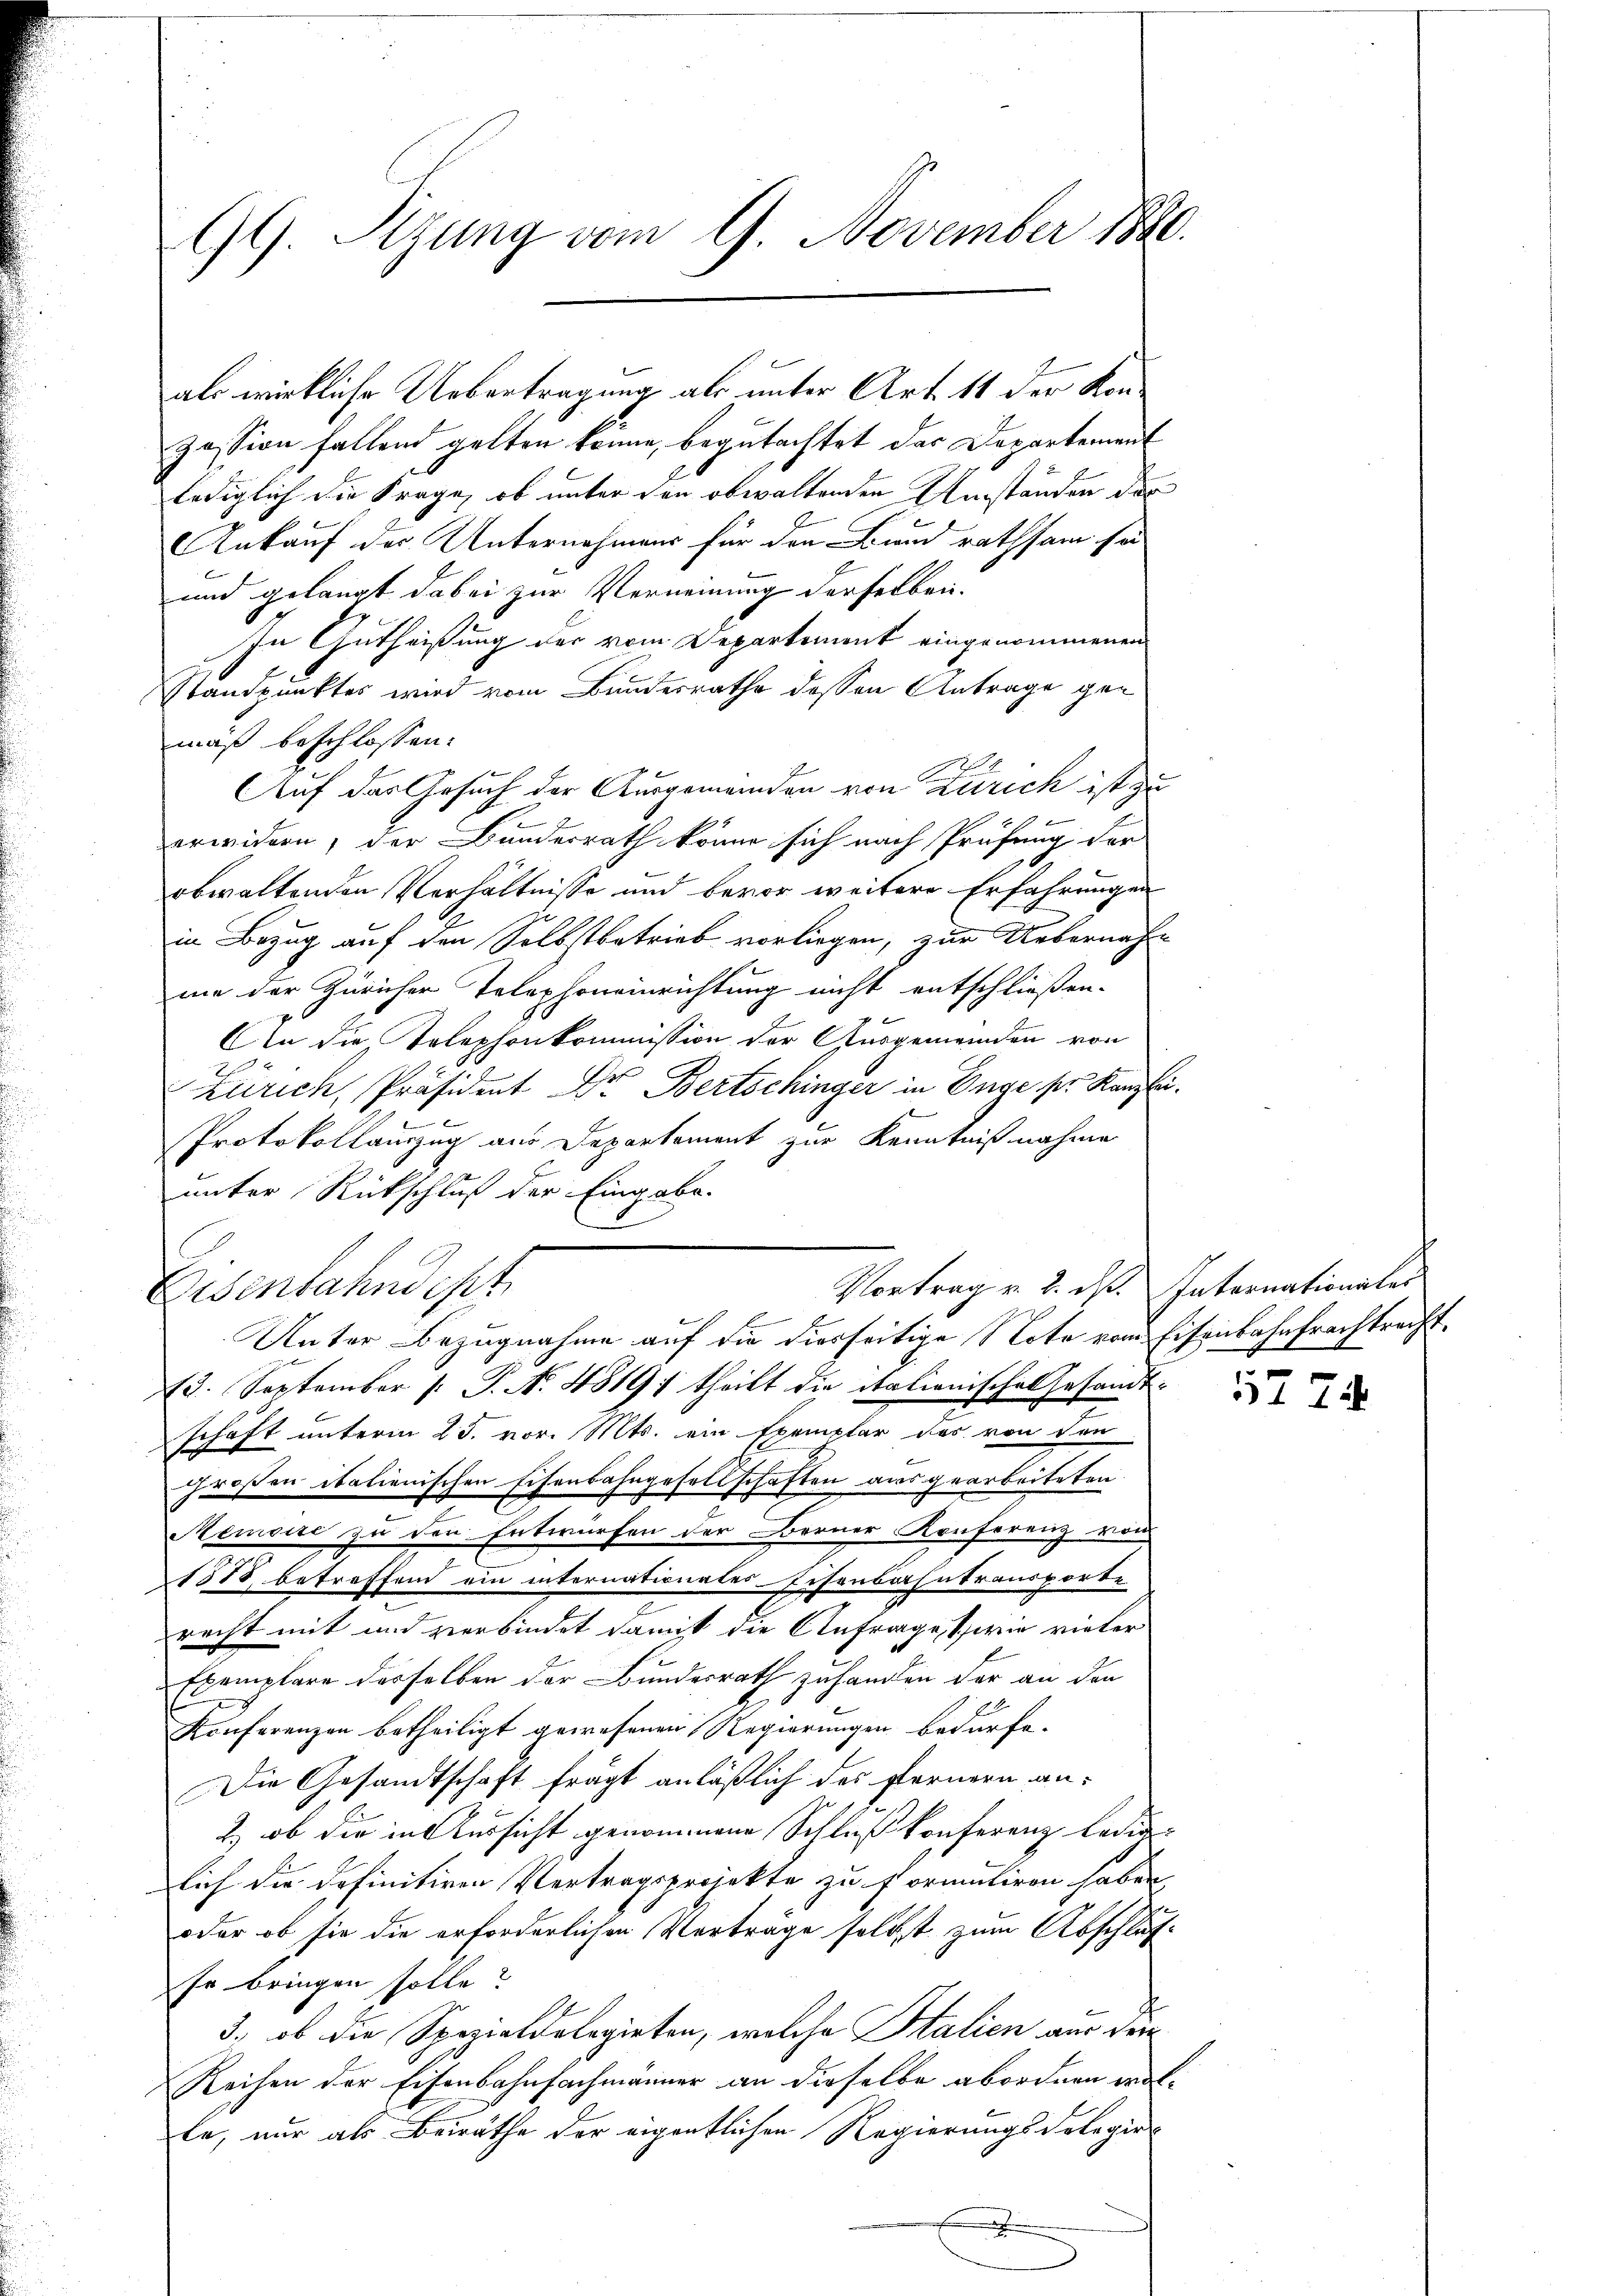
99. Sitzung vom 9. November 1880.

als wirkliche Uebertragung als unter Art. 11 der Konzession fallend gelten könne, begutachtet das Departement
lediglich die Frage, ob unter den obwaltenden Umständen der
Ankauf der Unternehmens für den Bund rathsam sei
und gelangt dabei zur Verneinung derselben.
In Gutheißung der vom Departement eingenommenen
Standpunktes wird vom Bundesrathe dessen Antrage gemäß beschlossen:
2.
Auf das Gesuch der Ausgemeinden von Zürich ist zu
erwidern, der Bunderrath könne sich nach Prüfung der
obwaltenden Verhältnisse und bevor weitere Erfahrungen
in Bezug auf den Selbstbetrieb vorliegen, zur Uebernahme der Züricher Telephoneinrichtung nicht entschließen.
An die Telephonkommission der Ausgemeinden von
7
Zürich, Präsident Dr. Bertschinger in Enge ser Kanzlei.
Protokollauszug aus Departement zur Kenntnißnahme
unter Rückschluß der Eingabe.
Eisenbahndept
Unter Bezugnahme auf die diesseitige Note vom Eisenbahnfrachtrecht.
Ed. September [ P. Nr. 4819; theilt die italionische Gesandt-
schäft unterm 25. vor. Mts. ein Exemplar das von den
großen italienischen Eisenbahngesellschaften ausgearbeiteten
Memoise zu den Entwürfen der Berner Konferenz von
1578 betreffend ein internationales-Eisenbahntransporte
recht mit und verbindet damit die Anfrage Spirie vieler
Exemplare dasselben der Bundesrath zuhanden der an den
g
Konferenzen betheiligt gewesenen Regierungen bedürfe.
Die Gesandtschaft fragt anläßlich des fernern an¬
2., ob die in Aussicht genommene Schluß konferenz lediglich die definitiven Vertragsprojekte zu formuliren haben,
oder ob sie die erforderlichen Vorträge selbst zum Abschläf
se bringen solle?
3., ob die Spezialdelegirten, welche Stalien aus dei
Reihen der Eisenbahnfachmänner an dieselbe abordnen wolte, nur als Beirathe der eigentlichen Regierungsdelegirt
.

Vortrag v. 2. ist. Internationaler

5774